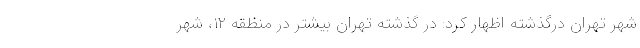
شهر تهران درگذشته اظهار کرد: در گذشته تهران بیشتر در منظقه ۱۲، شهر